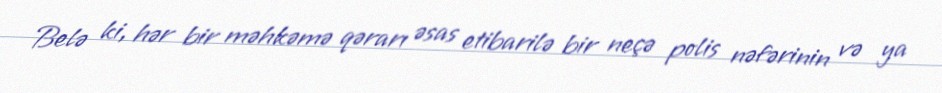
Belə ki, hər bir məhkəmə qərarı əsas etibarilə bir neçə polis nəfərinin və ya